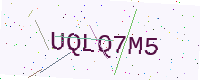
Text: UQLQ7M5